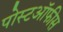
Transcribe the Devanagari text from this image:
पोस्टऑफीस